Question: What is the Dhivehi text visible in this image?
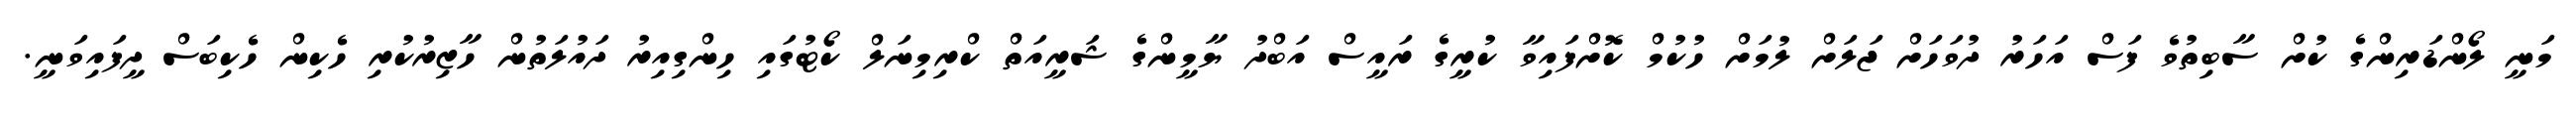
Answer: މަނީ ލޯންޑަރިންގެ ކުށް ސާބިތުވެ ފަސް އަހަރު ދުވަހަށް ޖަލަށް ލުމަށް ހުކުމް ކޮށްފައިވާ ކުރީގެ ރައީސް އަބްދު ޔާމީންގެ ޝަރީއަތް ކްރިމިނަލް ކޯޓުގައި ހިންގިއިރު ދައުލަތުން ހާޒިރުކުރި ހެކިން ހެކިބަސް ދީފައިވަނީ.